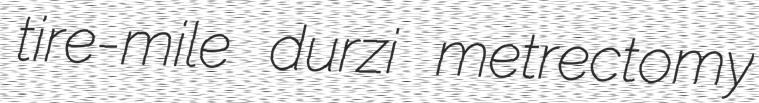
tire-mile durzi metrectomy